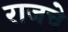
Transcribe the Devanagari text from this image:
राजचे